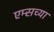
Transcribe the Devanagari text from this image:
एम्सच्या